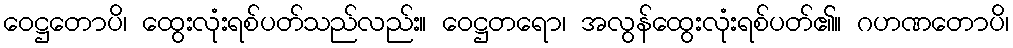
ဝေဋ္ဌတောပိ၊ ထွေးလုံးရစ်ပတ်သည်လည်း။ ဝေဋ္ဌတရော၊ အလွန်ထွေးလုံးရစ်ပတ်၏။ ဂဟဏတောပိ၊